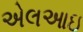
એલઆઇ